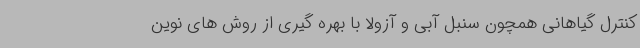
کنترل گیاهانی همچون سنبل آبی و آزولا با بهره گیری از روش های نوین